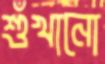
শুঁখানো